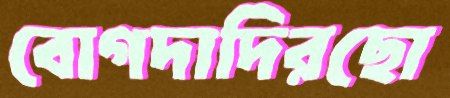
বোগদাদিরছো